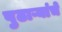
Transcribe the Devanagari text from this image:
पुढाऱ्यांचे